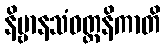
နိဗ္ဗာနသံဝတ္တနိကာတိ